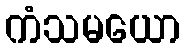
ကံသမယော